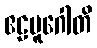
ဧဠမူဂေါတိ